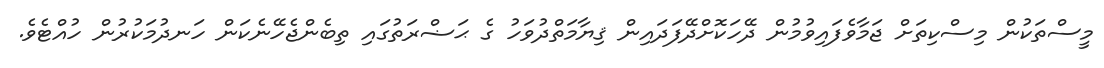
މީސްތަކުން މިސްކިތަށް ޖަމާވެފައިވުމުން ދޭހަކޮށްދޭފަދައިން ޤިޔާމަތްދުވަހު ގެ ޙަޟްރަތުގައި ތިބެންޖެހޭނެކަން ހަނދުމަކުރުން ހުއްޓެވެ.